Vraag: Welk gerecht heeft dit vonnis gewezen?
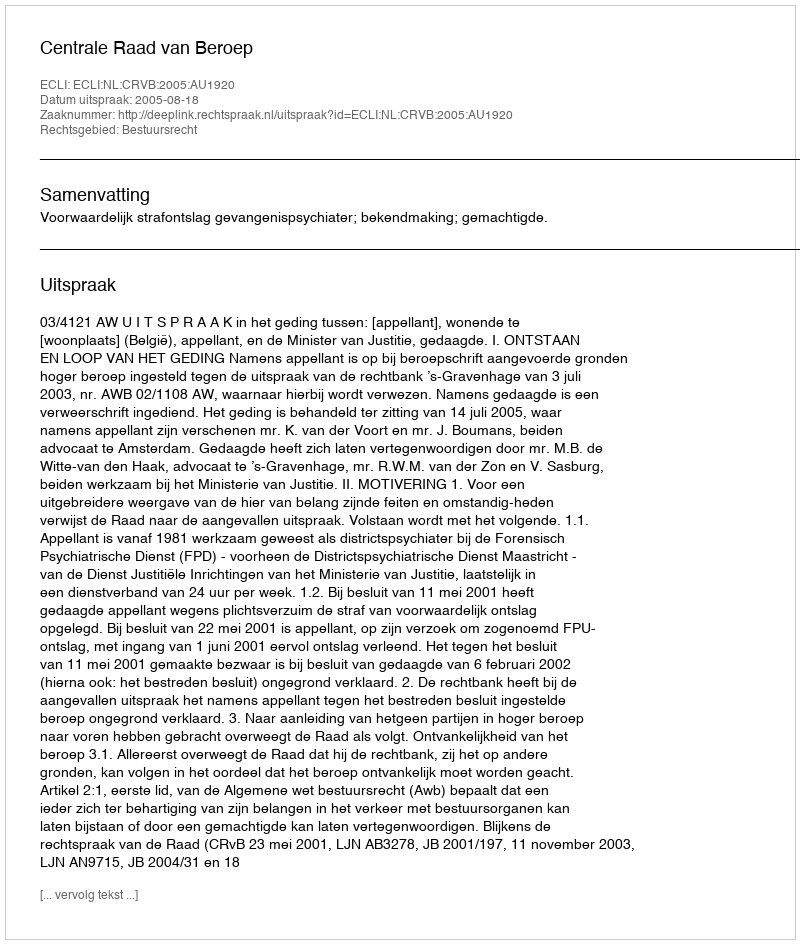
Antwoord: Centrale Raad van Beroep